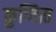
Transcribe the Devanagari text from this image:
कुण्ठित